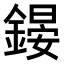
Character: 𨪶